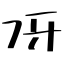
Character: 冴